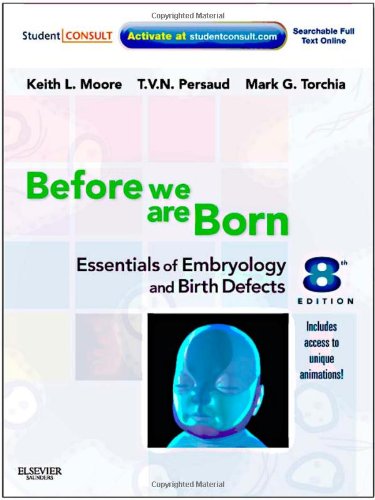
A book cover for Before We Are Born: Essentials of Embryology and Birth Defects, 8 Edition; Keith L. Moore; Medical Books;